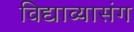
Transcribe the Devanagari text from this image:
विद्याव्यासंग